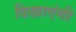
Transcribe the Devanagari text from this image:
दिखाएंगी